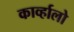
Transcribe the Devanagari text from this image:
काव्‍र्हालो